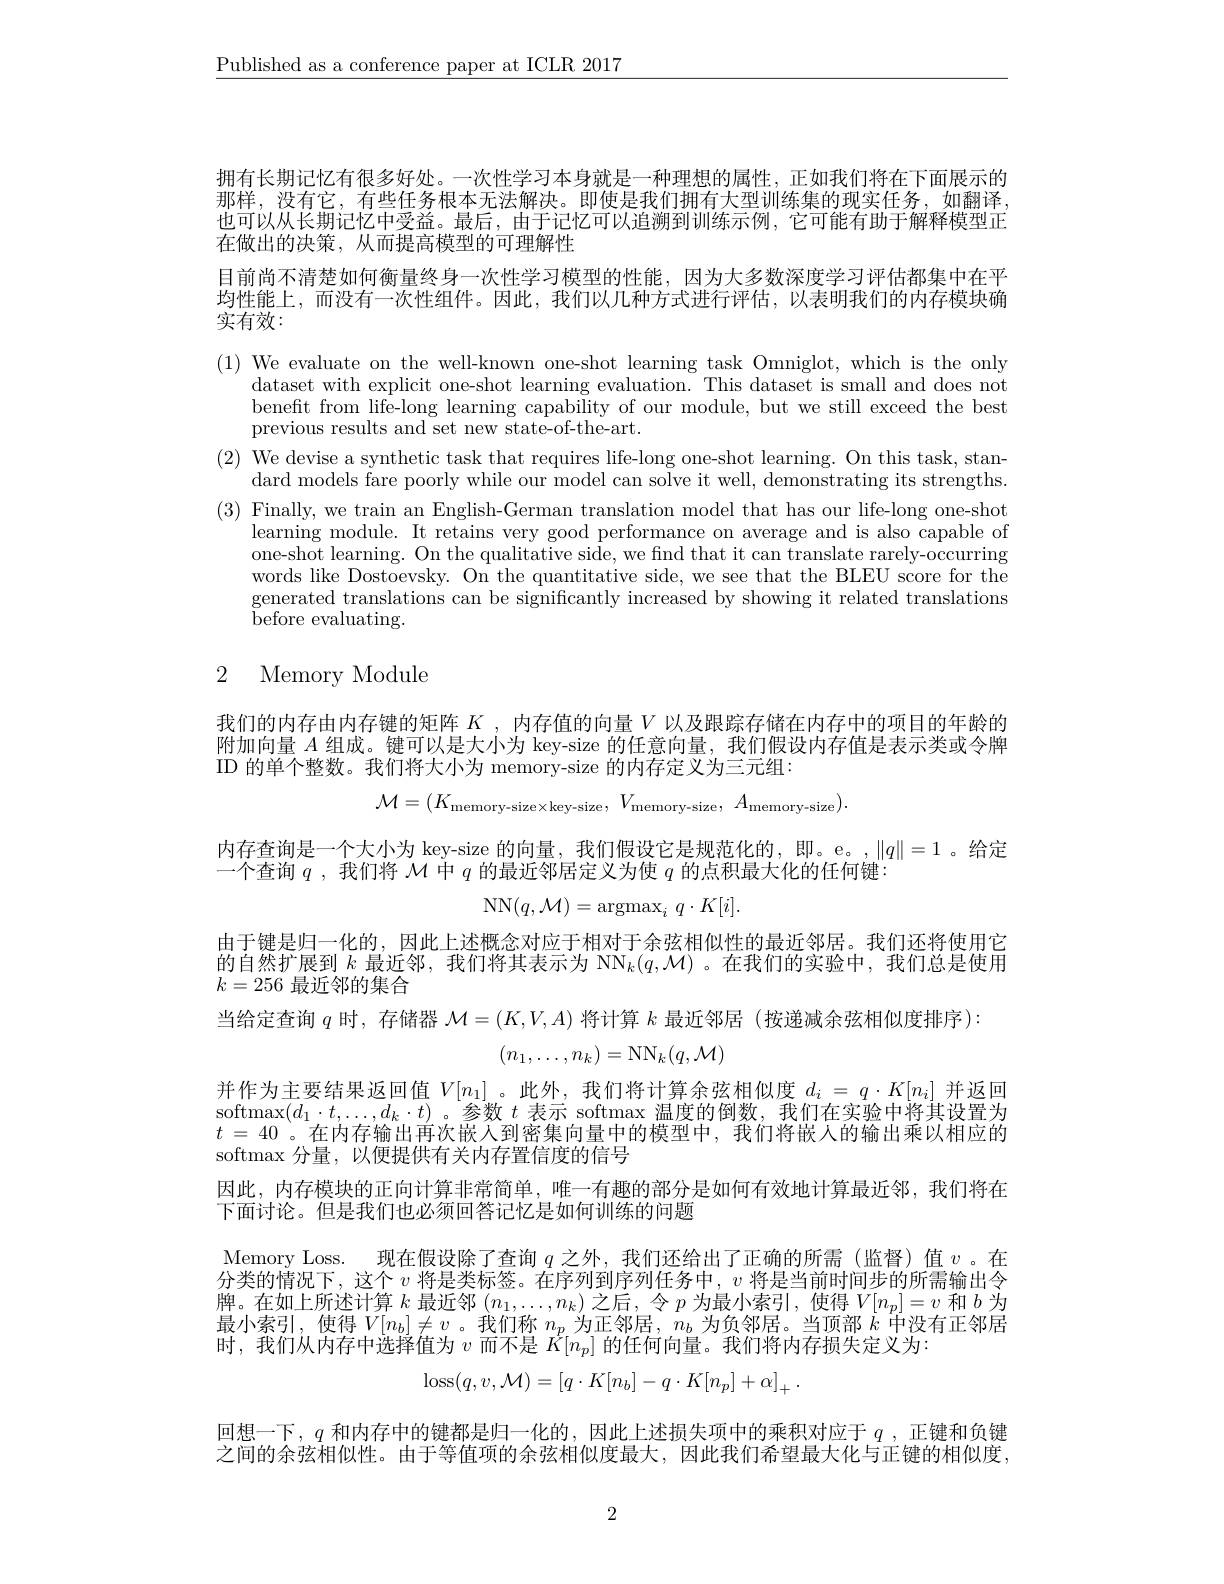
$\underline{\text{Published as a conference paper at ICLR 2017}}$

拥有长期记忆有很多好处。一次性学习本身就是一种理想的属性，正如我们将在下面展示的那样，没有它，有些任务根本无法解决。即使是我们拥有大型训练集的现实任务，如翻译， 也可以从长期记忆中受益。最后，由于记忆可以追溯到训练示例，它可能有助于解释模型正在做出的决策，从而提高模型的可理解性
目前尚不清楚如何衡量终身一次性学习模型的性能，因为大多数深度学习评估都集中在平均性能上，而没有一次性组件。因此，我们以几种方式进行评估，以表明我们的内存模块确实有效：

(1) We evaluate on the well-known one-shot learning task Omniglot, which is the only
dataset with explicit one-shot learning evaluation. This dataset is small and does not benefit from life-long learning capability of our module, but we still exceed the best previous results and set new state-of-the-art.
(2) We devise a synthetic task that requires life-long one-shot learning. On this task, stan-
dard models fare poorly while our model can solve it well, demonstrating its strengths. (3) Finally, we train an English-German translation model that has our life-long one-shot
learning module. It retains very good performance on average and is also capable of one-shot learning. On the qualitative side, we find that it can translate rarely-occurring words like Dostoevsky. On the quantitative side, we see that the BLEU score for the generated translations can be significantly increased by showing it related translations ${\overset{\circ}{\operatorname*{\operatorname*{before~evaluating.}}}}$

# 2 Memory Module

我们的内存由内存键的矩阵$K$ ,内存值的向量$V$以及跟踪存储在内存中的项目的年龄的附加向量$A$组成。键可以是大小为 key-size 的任意向量，我们假设内存值是表示类或令牌ID 的单个整数。我们将大小为 memory-size 的内存定义为三元组：

内存查询是一个大小为 key-size 的向量，我们假设它是规范化的，即。e。,$\|q\|=1$。给定
一个查询$q$ ,我们将$\mathcal{M}$中$q$的最近邻居定义为使$q$的点积最大化的任何键
$$\mathrm{NN}(q,\mathcal{M})=\mathrm{argmax}_i\:q\cdot K[i].$$
$$(n_1,\ldots,n_k)=\mathrm{NN}_k(q,\mathcal{M})$$
$$\mathcal{M}=(K_{\text{memory-size}\times\text{key-size}},\:V_{\text{memory-size}},\:A_{\text{memory-size}}).$$
由于键是归一化的，因此上述概念对应于相对于余弦相似性的最近邻居。我们还将使用它的自然扩展到$k$最近邻，我们将其表示为 NN$_k(q,\mathcal{M})$ 。在我们的实验中，我们总是使用$k=256$最近邻的集合
当给定查询$q$时，存储器$\mathcal{M}=(K,V,A)$将计算$k$最近邻居 (按递减余弦相似度排序):
并作为主要结果返回值$V[n_1]$。此外，我们将计算余弦相似度$d_i=q\cdot K[n_i]$并返回$\operatorname*{softmax}(d_1\cdot t,\ldots,d_k\cdot t)$。参数$t$表示 softmax 温度的倒数，我们在实验中将其设置为$t=40$ 。在内存输出再次嵌入到密集向量中的模型中，我们将嵌入的输出乘以相应的softmax 分量，以便提供有关内存置信度的信号
因此，内存模块的正向计算非常简单，唯一有趣的部分是如何有效地计算最近邻，我们将在
下面讨论。但是我们也必须回答记忆是如何训练的问题
Memory Loss. 现在假设除了查询$q$之外，我们还给出了正确的所需(监督)值$v$。在分类的情况下，这个$v$将是类标签。在序列到序列任务中，$v$将是当前时间步的所需输出令牌。在如上所述计算$k$最近邻$(n_1,\ldots,n_k)$之后，令$p$为最小索引，使得$V[n_p]=v$和$b$为最小索引，使得$V[n_b]\neq v$ 。我们称$n_p$为正邻居，$n_b$为负邻居。当顶部$k$中没有正邻居时，我们从内存中选择值为$v$而不是$K[n_p]$的任何向量。我们将内存损失定义为：
$$\mathrm{loss}(q,v,\mathcal{M})=[q\cdot K[n_b]-q\cdot K[n_p]+\alpha]_+\:.$$
回想一下，$q$和内存中的键都是归一化的，因此上述损失项中的乘积对应于$q$ ,正键和负键

之间的余弦相似性。由于等值项的余弦相似度最大，因此我们希望最大化与正键的相似度，

2